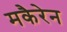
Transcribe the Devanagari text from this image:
मकैरेन